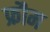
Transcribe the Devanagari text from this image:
फ्रौम